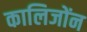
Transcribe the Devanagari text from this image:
कालिजोंन